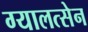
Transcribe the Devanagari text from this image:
ग्यालत्सेन